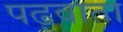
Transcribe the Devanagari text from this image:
पढ़वाता